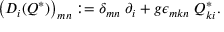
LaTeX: \left( D _ { i } ( Q ^ { \ast } ) \right) _ { m n } : = \delta _ { m n } \ \partial _ { i } + g \epsilon _ { m k n } \ Q _ { k i } ^ { \ast } .